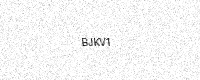
Text: BJKV1